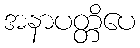
အနာပတ္တိပေ